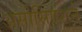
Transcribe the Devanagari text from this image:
असोसिएशने